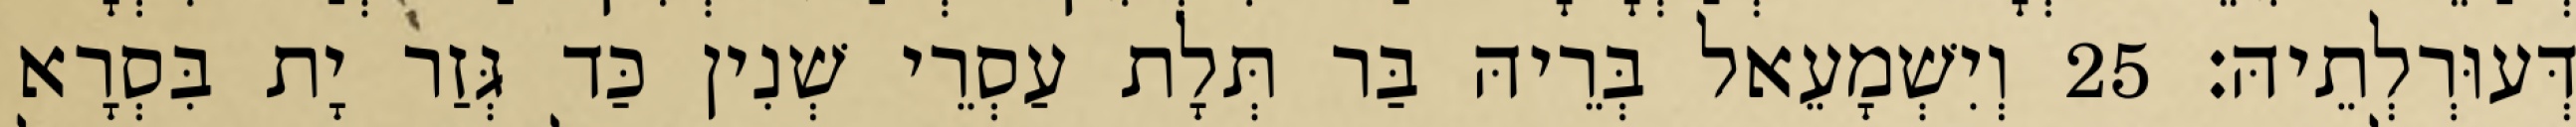
דְּעוּרְלְתֵיהּ׃ 25 וְיִשְׁמָעֵאל בְּרֵיהּ בַּר תְּלָת עַסְרֵי שְׁנִין כַּד גְּזַר יָת בִּסְרָא